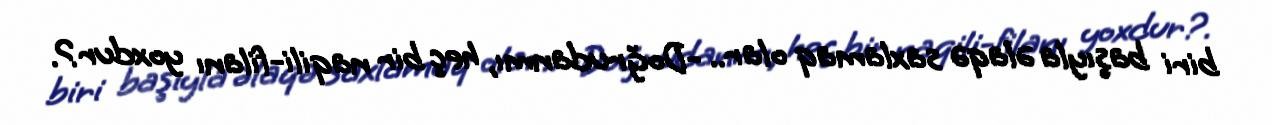
biri başıyla əlaqə saxlamaq olar.. -Doğrudanmı, heç bir naqili-filanı yoxdur?.